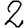
Digit: 2